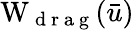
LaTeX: \mathrm W_{\mathrm{~d~r~a~g~}}(\bar{u})